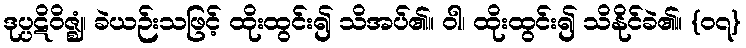
ဒုပ္ပဋိဝိဇ္ဈံ၊ ခဲယဉ်းသဖြင့် ထိုးထွင်း၍ သိအပ်၏။ ဝါ၊ ထိုးထွင်း၍ သိနိုင်ခဲ၏။ {၀၇}